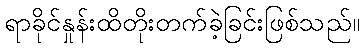
ရာခိုင်နှုန်းထိတိုးတက်ခဲ့ခြင်းဖြစ်သည်။